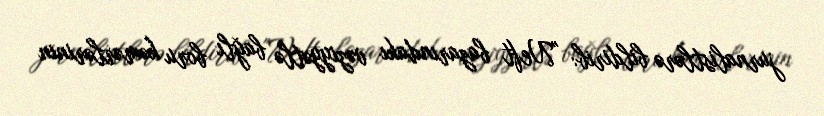
jurnalistlərə bildirib: "Neft bazarındakı vəziyyətlə bağlı boru kəmərlərinin